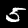
Digit: 5